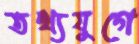
তথ্যযুগে